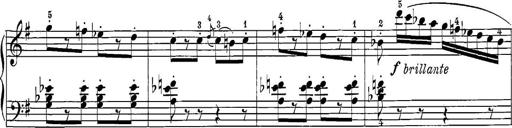
Title: 12 Sonatine per Pianoforte
Composer: Friedrich Kuhlau